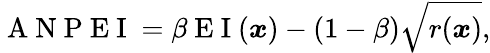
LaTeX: \mathrm{~A~N~P~E~I~}=\beta\mathrm{~E~I~}(\boldsymbol{x})-(1-\beta)\sqrt{r(\boldsymbol{x})},